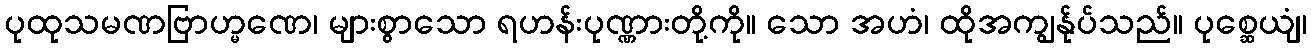
ပုထုသမဏဗြာဟ္မဏေ၊ များစွာသော ရဟန်းပုဏ္ဏားတို့ကို။ သော အဟံ၊ ထိုအကျွန်ုပ်သည်။ ပုစ္ဆေယျံ၊